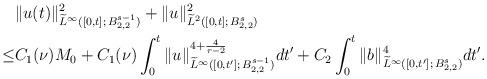
LaTeX: \begin{align*}&\|u(t)\|^2_{\widetilde{L}^{\infty}([0,t];\,{B}^{s-1}_{2,2})}+ \|u\|^2_{\widetilde{L}^2([0,t];\,{B}^s_{2,2})}\\\leq &C_1(\nu)M_0+C_1(\nu)\int^t_0\|u\|^{4+\frac4{r-2}}_{\widetilde{L}^{\infty}([0,t^{\prime}];\,B^{s-1}_{2,2})}dt^{\prime}+C_2\int^t_0\|b\|^4_{\widetilde{L}^{\infty}([0,t^{\prime}];\,B^{s}_{2,2})}dt^{\prime}.\end{align*}